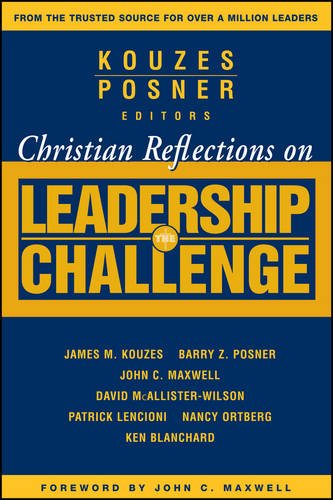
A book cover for Christian Reflections on The Leadership Challenge; Business & Money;